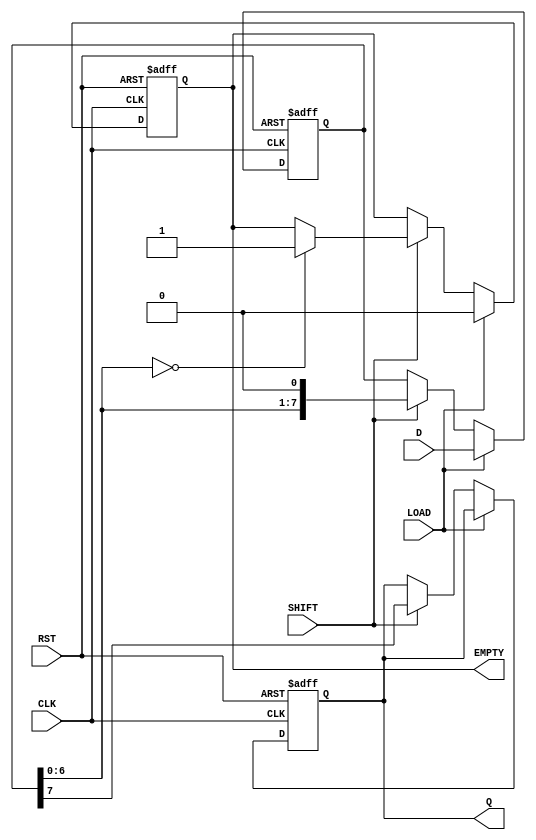
module PISO_Register #(
    parameter WIDTH = 8  // Configurable width of the register
)(
    input  wire [WIDTH-1:0] D,     // Parallel Data Input
    input  wire LOAD,                // Load Signal
    input  wire SHIFT,               // Shift Signal
    input  wire CLK,                 // Clock Signal
    input  wire RST,                 // Asynchronous Reset
    output reg  Q,                   // Serial Output
    output reg  EMPTY                // Empty Signal
);

    // Internal register to hold the parallel data
    reg [WIDTH-1:0] shift_reg;

    // Process for loading and shifting
    always @(posedge CLK or posedge RST) begin
        if (RST) begin
            // On reset, clear the shift register and the output
            shift_reg <= {WIDTH{1'b0}};
            Q <= 1'b0;
            EMPTY <= 1'b1; // Initially empty
        end else begin
            if (LOAD) begin
                // Load data into the shift register
                shift_reg <= D;
                EMPTY <= 1'b0; // Data is loaded, not empty
            end else if (SHIFT) begin
                // Shift the data out serially
                Q <= shift_reg[WIDTH-1]; // Output the MSB
                shift_reg <= {shift_reg[WIDTH-2:0], 1'b0}; // Shift left
                // Check if the register is empty after shifting
                if (shift_reg[WIDTH-2:0] == 0) begin
                    EMPTY <= 1'b1; // All bits shifted out
                end
            end
        end
    end

endmodule